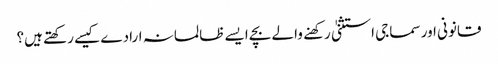
قانونی اور سماجی استثنیٰ رکهنے والے بچے ایسے ظالمانہ ارادے کیسے رکھتے ہیں؟